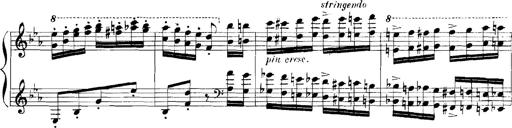
Title: Rhapsodies hongroises
Composer: Franz Liszt